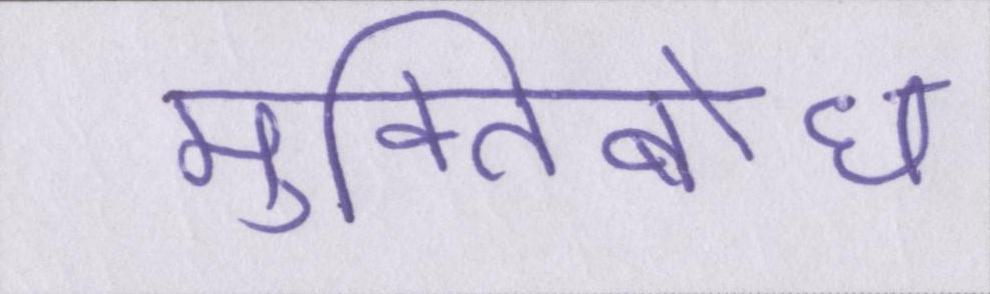
मुक्तिबोध